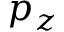
p _ { z }